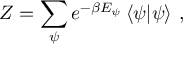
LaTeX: Z = \sum _ { \psi } e ^ { - \beta E _ { \psi } } \left\langle \psi | \psi \right\rangle \, ,